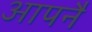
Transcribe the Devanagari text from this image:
आपनै